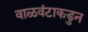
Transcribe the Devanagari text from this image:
वाळवंटाकडुन